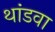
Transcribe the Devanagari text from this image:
थांडवा